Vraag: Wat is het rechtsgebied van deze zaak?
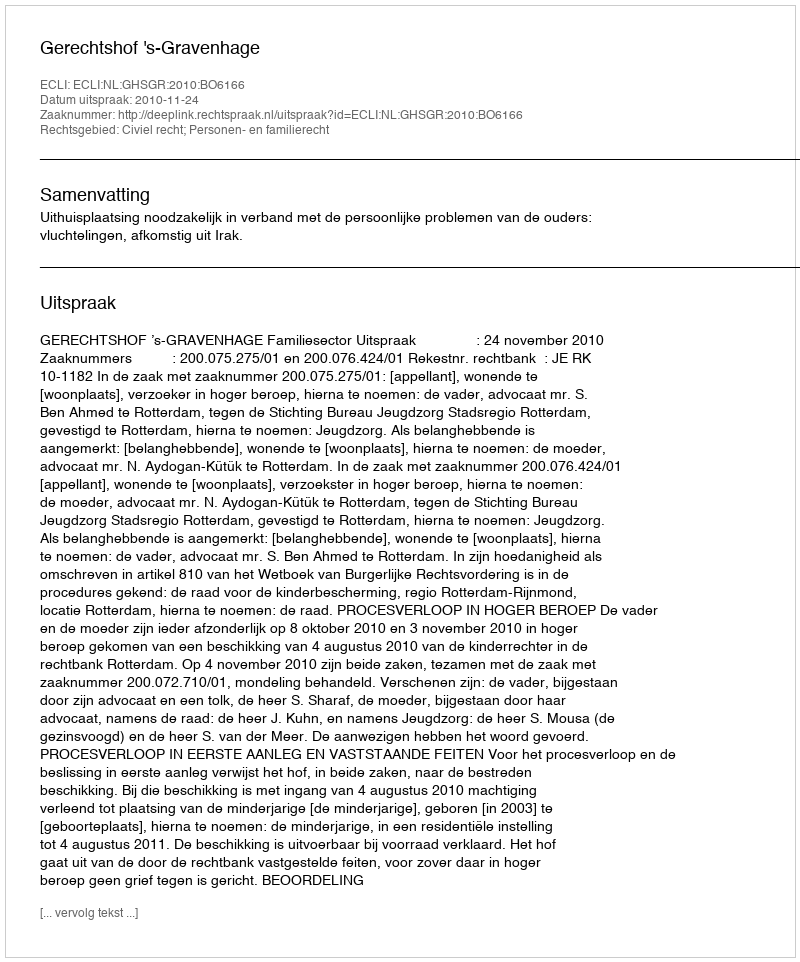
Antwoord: Civiel recht; Personen- en familierecht